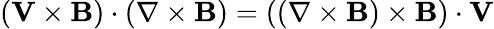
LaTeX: (\mathbf V\times\mathbf B)\cdot(\nabla\times\mathbf B)=((\nabla\times\mathbf B)\times\mathbf B)\cdot\mathbf V